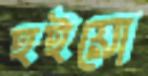
হইয়ো